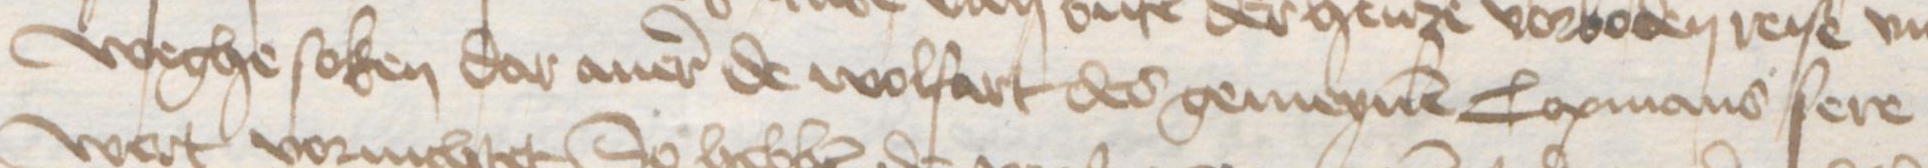
weghe soken dar auer de wolfart des gemeynen Copmans sere